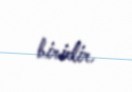
biridir.